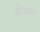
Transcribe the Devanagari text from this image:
सैय्याँ